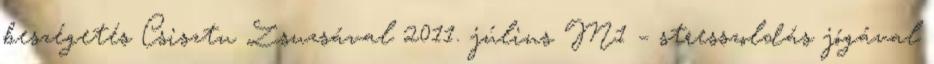
beszégetés Csisztu Zsuzsával 2011. július M1 – stresszoldás jógával